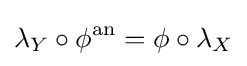
\lambda _{Y}\circ \phi ^{\mathrm {an} }=\phi \circ \lambda _{X}